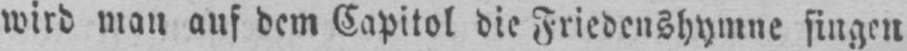
wird man auf dem Capitol die Friedenshymne singen